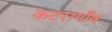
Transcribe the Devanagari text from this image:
कटरागाँव